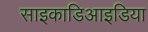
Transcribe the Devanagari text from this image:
साइकाडिआइडिया